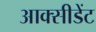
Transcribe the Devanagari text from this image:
आक्सीडेंट